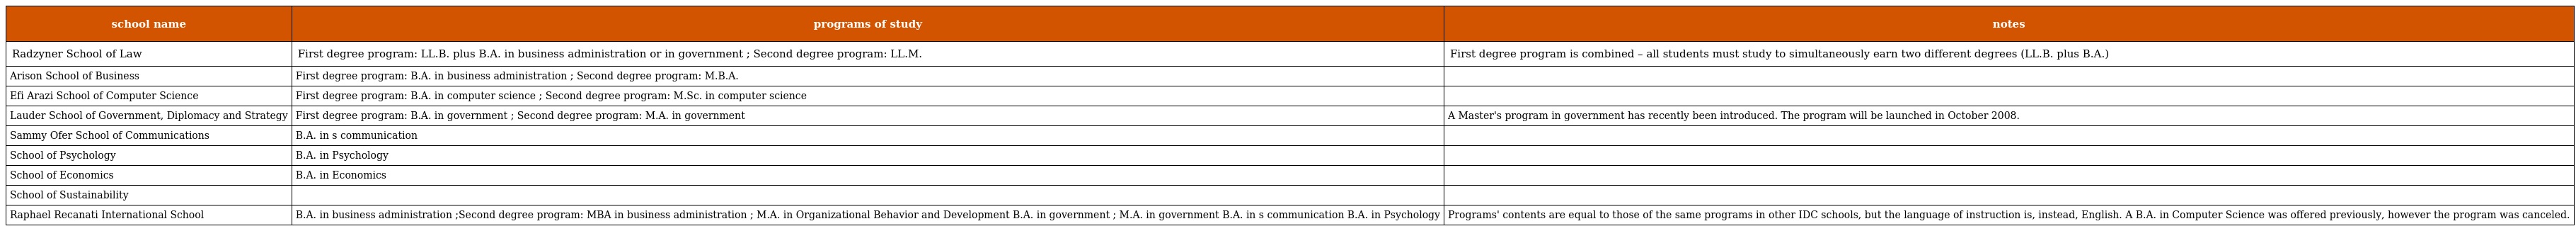
| school name | programs of study | notes |
 | --- | --- | --- |
 | Radzyner School of Law | First degree program: LL.B. plus B.A. in business administration or in government ; Second degree program: LL.M. | First degree program is combined – all students must study to simultaneously earn two different degrees (LL.B. plus B.A.) |
 | Arison School of Business | First degree program: B.A. in business administration ; Second degree program: M.B.A. |  |
 | Efi Arazi School of Computer Science | First degree program: B.A. in computer science ; Second degree program: M.Sc. in computer science |  |
 | Lauder School of Government, Diplomacy and Strategy | First degree program: B.A. in government ; Second degree program: M.A. in government | A Master's program in government has recently been introduced. The program will be launched in October 2008. |
 | Sammy Ofer School of Communications | B.A. in s communication |  |
 | School of Psychology | B.A. in Psychology |  |
 | School of Economics | B.A. in Economics |  |
 | School of Sustainability |  |  |
 | Raphael Recanati International School | B.A. in business administration ;Second degree program: MBA in business administration ; M.A. in Organizational Behavior and Development B.A. in government ; M.A. in government B.A. in s communication B.A. in Psychology | Programs' contents are equal to those of the same programs in other IDC schools, but the language of instruction is, instead, English. A B.A. in Computer Science was offered previously, however the program was canceled. |